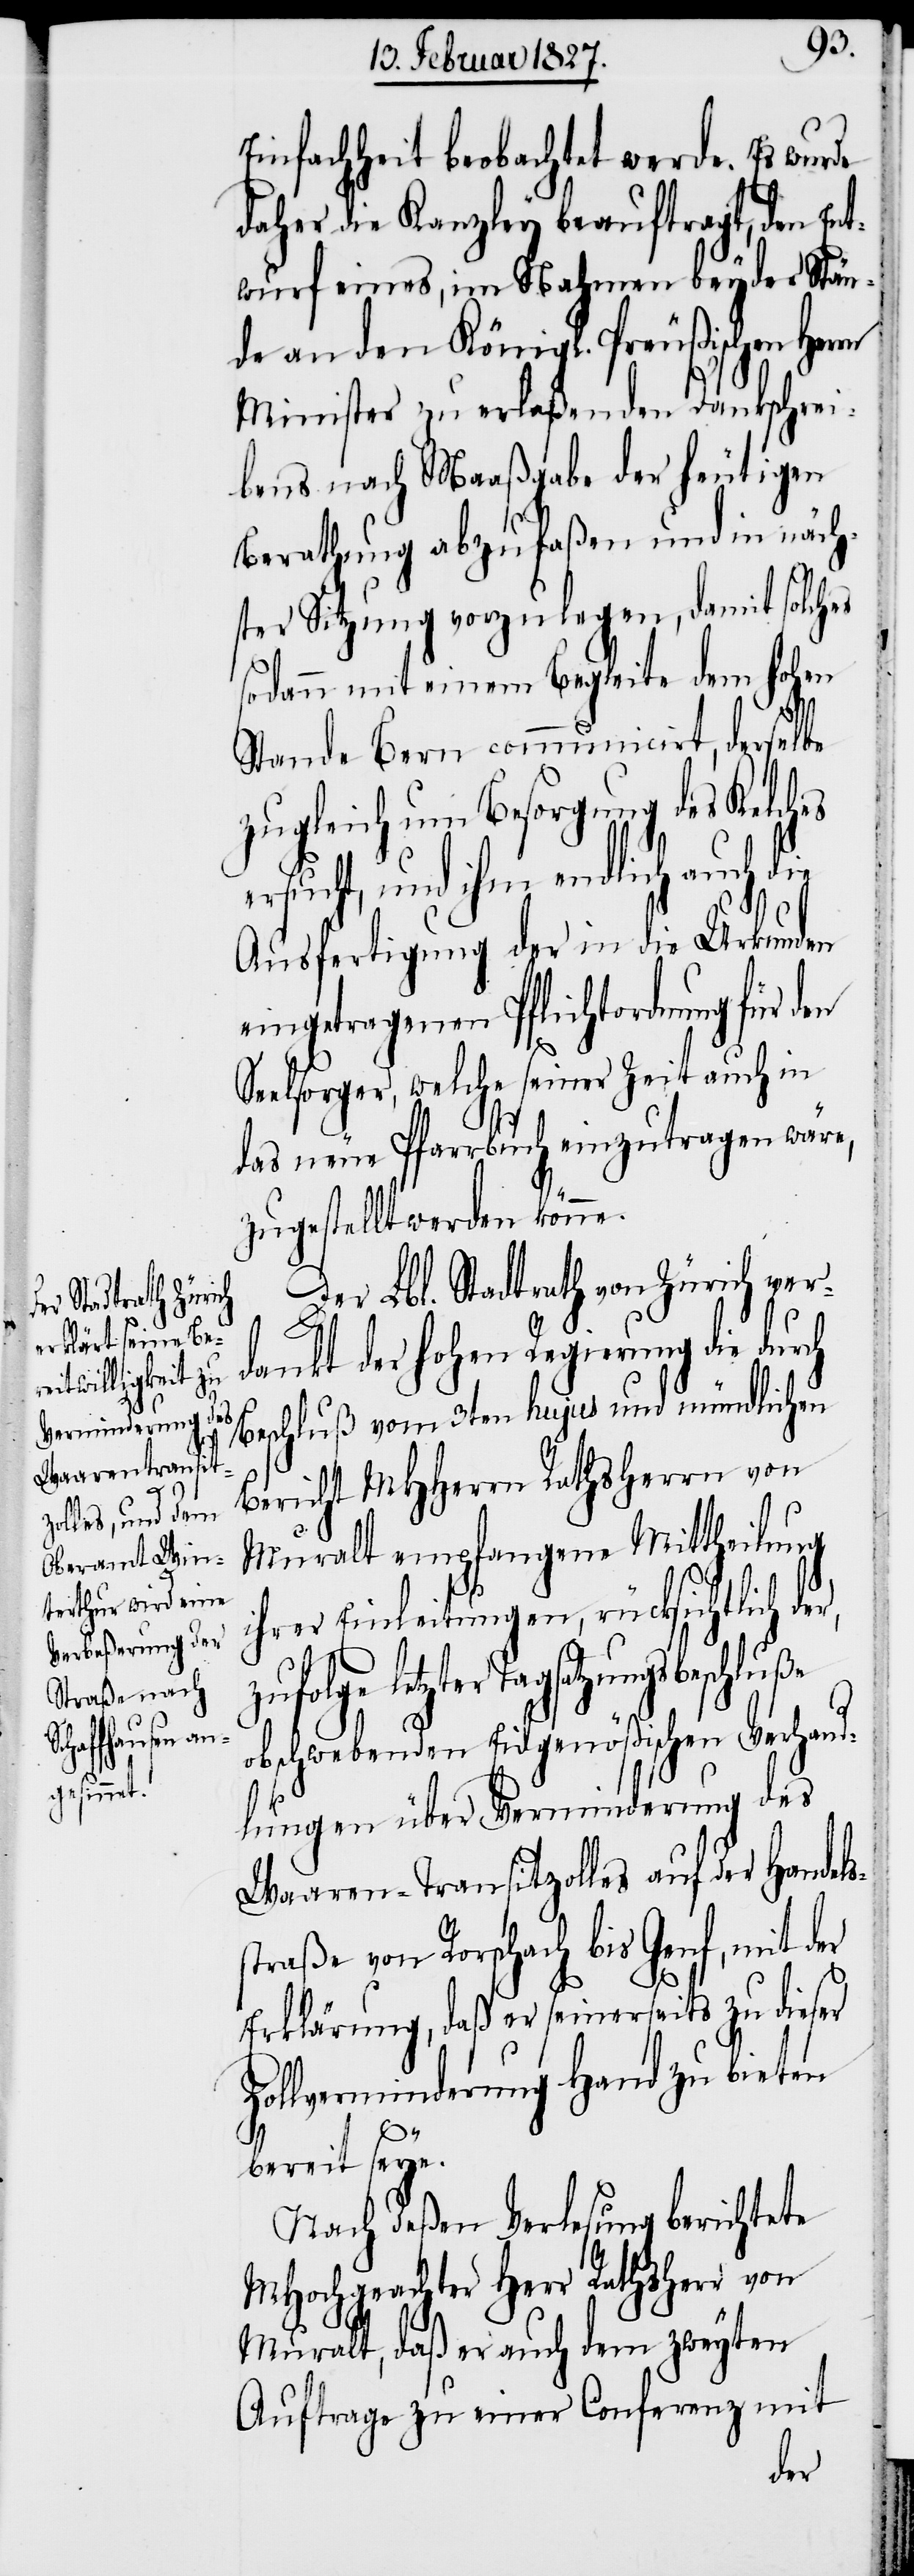
r,

e¬
Einfachheit beobachtet werde. Es wurde
daher die Kanzley beauftragt, den En¬
twurf eines, im Nahmen beyder Stän¬
de an den Köngl. Preußischen Her¬
Minister zu erlaßenden Dankschrei¬
bens nach Maaßgabe der heutigen
Berathung abzufaßen und in näch¬
ster Sitzung vorzulegen, damit solches
sodann mit einem Begleite dem hohen
Stande Bern communicirt, derselbe
zugleich um Besorgung des Kelches
rsucht, und ihm endlich auch die
Ausfertigung der in die Urkunden
eingetragenen Pflichtordnung für den
Seelsorger, welche seiner Zeit auch in
das neue Pfarrbuch einzutragen wäre,
zugestellt werden könne.
Der Lbl. Stadtrath von Zürich ver¬
dankt der hohen Regierung die durch
Beschluß vom 3ten hujus und mündlichen
Bericht MHHerrn Rathsherrn von
Muralt empfangene Mittheilung
ihrer Einleitungen, rücksichtlich de¬
letzter Tagsatzungsbeschluße
obschwebenden Eidgenößischen Verhand¬
lungen über Verminderung des
Waaren-Tansitzolles auf der Handels¬
straße von Rorschach bis Genf, mit der
Erklärung, daß er seinerseits zu dieser
Zollverminderung Hand zu bieten
bereit seye.
Nach deßen Verlesung berichtete
MHochgeachter Herr Rathsherr von
Muralt, daß er auch dem zweyten
Auftrage zu einer Conferenz mit